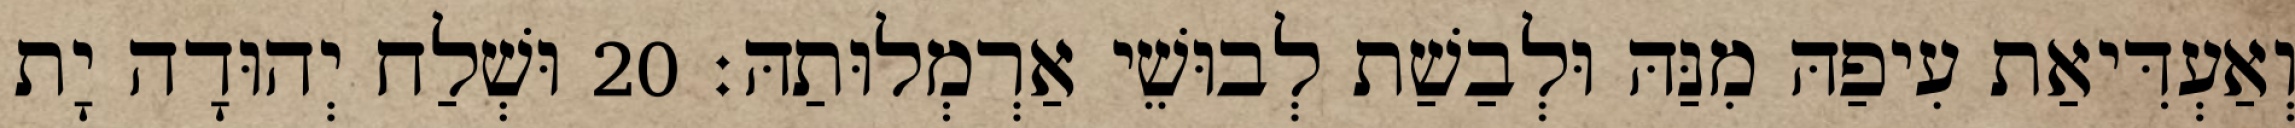
וְאַעְדִּיאַת עִיפַהּ מִנַּהּ וּלְבַשַׁת לְבוּשֵׁי אַרְמְלוּתַהּ׃ 20 וּשְׁלַח יְהוּדָה יָת